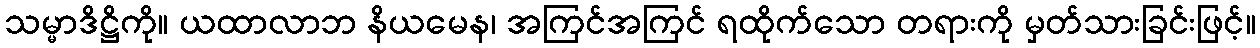
သမ္မာဒိဋ္ဌိကို။ ယထာလာဘ နိယမေန၊ အကြင်အကြင် ရထိုက်သော တရားကို မှတ်သားခြင်းဖြင့်။